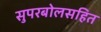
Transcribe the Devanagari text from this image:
सुपरबोलसहित